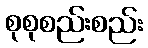
စုစုစည်းစည်း